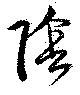
陰